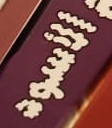
الاسود